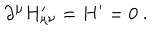
LaTeX: \partial ^ { \mu } H _ { \mu \nu } ^ { \prime } = H ^ { \prime } = 0 ~ .